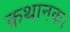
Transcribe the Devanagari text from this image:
कथानक।